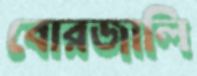
বোরজালি